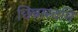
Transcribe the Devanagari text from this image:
छिन्नास्वमि